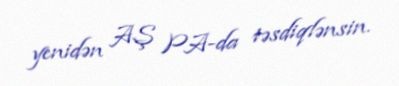
yenidən AŞ PA-da təsdiqlənsin.